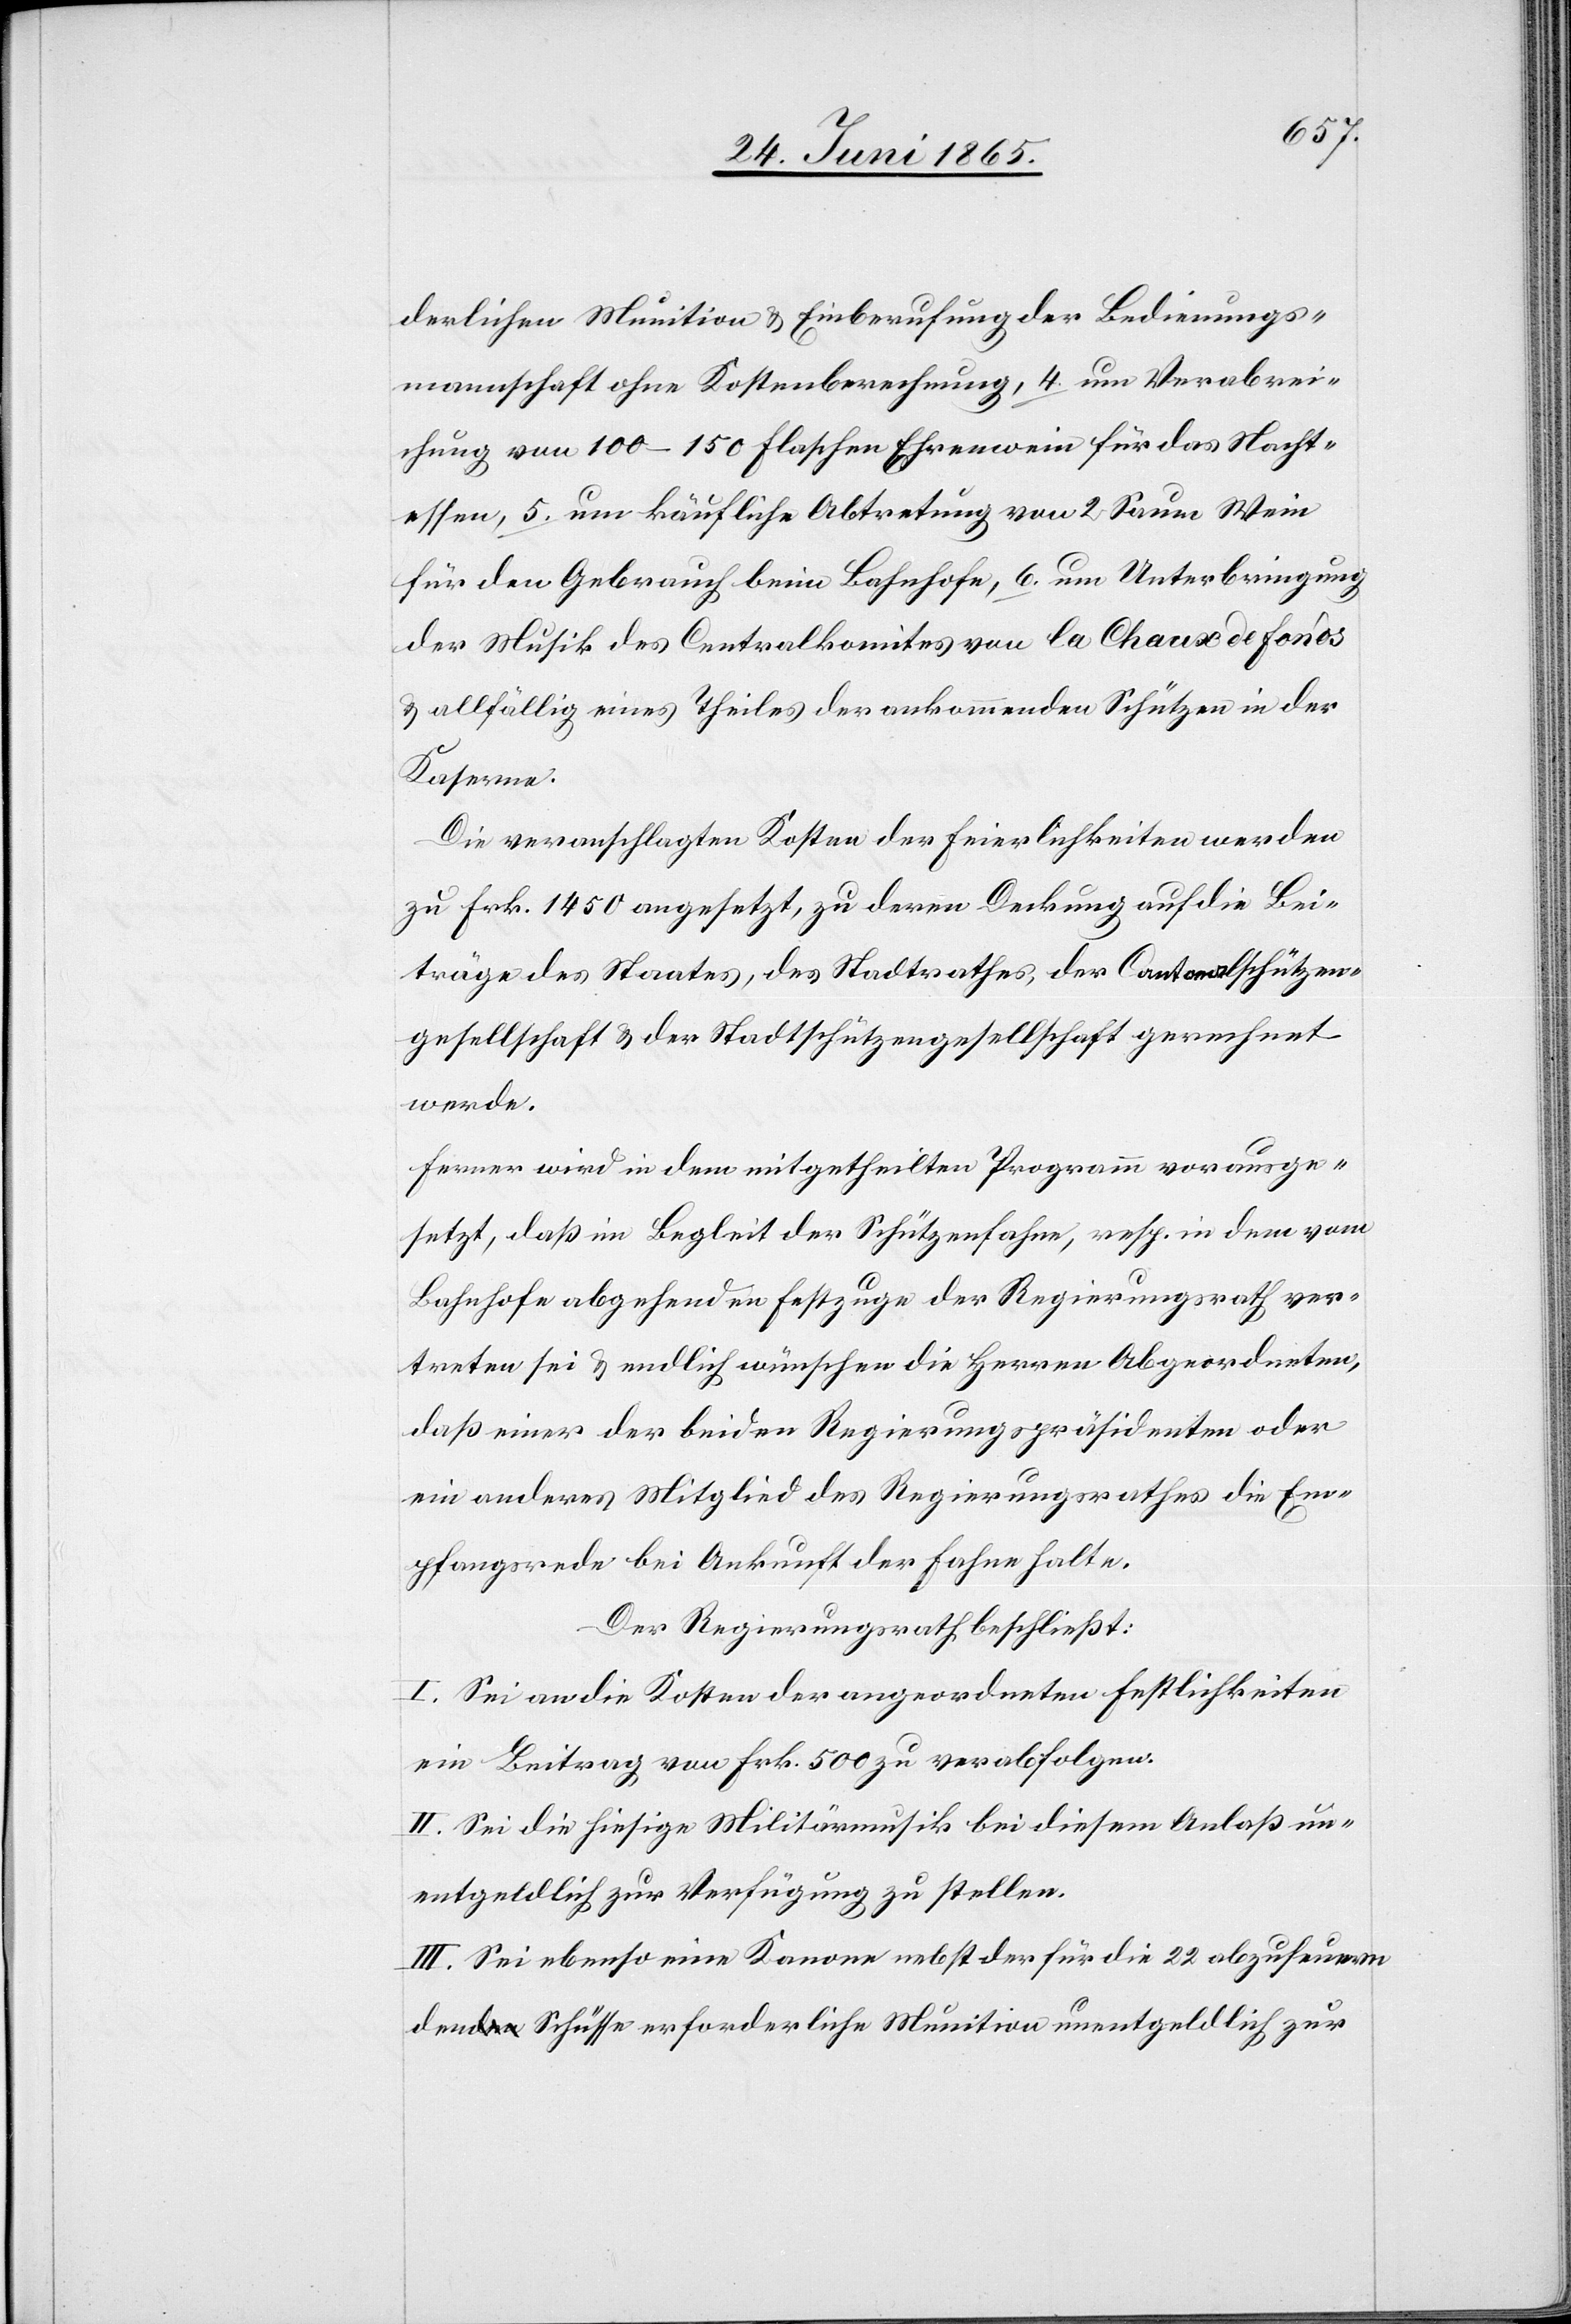
derlichen Munition & Einberufung der Bedienungs¬
mannschaft ohne Kostenberechnung, 4 um Verabrei¬
chung von 100–150 Flaschen Ehrenwein für das Nacht¬
essen, 5. um käufliche Abtretung von 2 Saum Wein
für den Gebrauch beim Bahnhofe, 6. um Unterbringung
der Musik des Centralkomites von la Chaux de Fonds
& allfällig eines Theiles der ankommenden Schützen in der
Kaserne.
Die veranschlagten Kosten der Feierlichkeiten werden
zu Frk. 1450 angesetzt, zu deren Deckung auf die Bei¬
träge des Staates, des Stadtrathes, der Cantonalschützen¬
gesellschaft & der Stadtschützengesellschaft gerechnet
werde.
Ferner wird in dem mitgetheilten Programm vorausge¬
setzt, daß im Begleit der Schützenfahne, resp. in dem vom
Bahnhofe abgehenden Festzuge der Regierungsrath ver¬
treten sei & endlich wünschen die Herren Abgeordneten,
daß einer der beiden Regierungspräsidenten oder
ein anderes Mitglied des Regierungsrathes die Em¬
pfangsrede bei Ankunft der Fahne halte.
Der Regierungsrath beschließt:
I. Sei an die Kosten der angeordneten Festlichkeiten
ein Beitrag von Frk. 500 zu verabfolgen.
II. Sei die hiesige Militärmusik bei diesem Anlaß un¬
entgeldlich zur Verfügung zu stellen.
III. Sei ebenso eine Kanone nebst der für die 22 abzufeuern¬
den Schüsse erforderliche Munition unentgeldlich zur